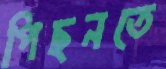
পিছনতে